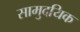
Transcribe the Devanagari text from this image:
सामुदयिक